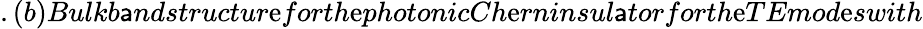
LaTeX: .(b)Bulkb\mathsf{a}ndstructur\mathrm{e}forth\mathrm{e}photonicCh\mathrm{e}rninsul\mathsf{a}torforth\mathrm{e}TEmod\mathrm{e}swith